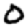
Digit: 0